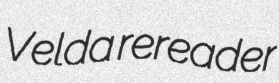
Velda rereader